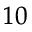
^ { 1 0 }